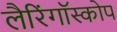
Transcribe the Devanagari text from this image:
लैरिंगॉस्कोप